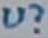
Text: U?